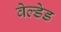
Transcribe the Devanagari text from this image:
वेल्डेड